Newspaper: Southwest-sentinel. [volume]
Place of publication: Silver City, N.M.
Publisher: Grant Co. Pub. and Print.
Date: 1895-06-04 00:00:00
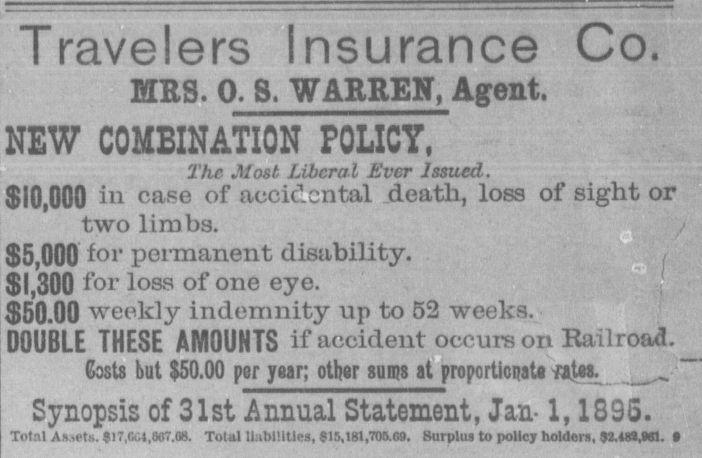
Advertisement text (OCR):
Travelers Insurance Co. IIES. 0. S. WARREN, Agent. NEW COMBINATION POLICY, The Jlost Liberal Ever Issued. SIO.GCD "i caso of accidental death, loss of sight or two limbs. S5,C00 foi permanent disability. , $ 1,300 f o r loss of one eye. ' $50.09 weekly indemnity tip to 52 weeks. DOUBLE THESE AMOUNTS if accident occurs on Railroad. Costs but $50.00 por year; other sums at propcrticnata -rate3j. , " Synopsis of 31st Annual Statement, Jan-1, 1895. Total Ax.ets. ? !7,fi..l,lW7.08. Total liabilities, S15,181,705.G9. Surplus to policy holders, J2.4t,81.
Label: text-only